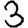
Digit: 3